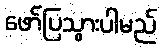
ဖော်ပြသွားပါမည်